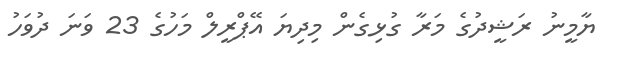
ޔާމީނު ރަޝީދުގެ މަރާ ގުޅިގެން މިދިޔަ އޭޕްރީލް މަހުގެ 23 ވަނަ ދުވަހު